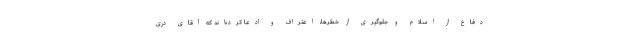
دفاع از اسلام و جلوگیرى از خطرها، اعتراف و ادعا كرده‌اند كه آقاى درى